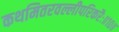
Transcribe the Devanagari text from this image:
कथमितरवल्लीपरिकरैः॥१०॥